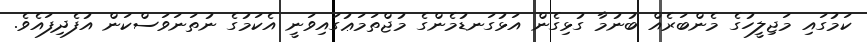
ކަމުގައި މަޖިލީހުގެ މެންބަރެއް ބުނުމާ ގުޅިގެން އަޅުގަނޑުމެންގެ މުޖްތަމަޢުގައިވަނީ އެކަމުގެ ނުތަނަވަސްކަން އުފެދިފައެވެ.